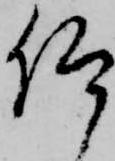
仰